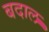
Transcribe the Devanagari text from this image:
बदाल